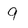
Character: 9